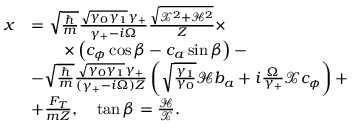
\begin{array} { r l } { x } & { = \sqrt { \frac { \hbar } { m } } \frac { \sqrt { \gamma _ { 0 } \gamma _ { 1 } } \gamma _ { + } } { \gamma _ { + } - i \Omega } \frac { \sqrt { \mathcal { X } ^ { 2 } + \mathcal { H } ^ { 2 } } } { Z } \times } \\ & { \qquad \times \left( c _ { \phi } \cos \beta - c _ { a } \sin \beta \right) - } \\ & { - \sqrt { \frac { \hbar } { m } } \frac { \sqrt { \gamma _ { 0 } \gamma _ { 1 } } \gamma _ { + } } { ( \gamma _ { + } - i \Omega ) Z } \left( \sqrt { \frac { \gamma _ { 1 } } { \gamma _ { 0 } } } \mathcal { H } b _ { a } + i \frac { \Omega } { \gamma _ { + } } \mathcal { X } c _ { \phi } \right) + } \\ & { + \frac { F _ { T } } { m Z } , \quad \tan \beta = \frac { \mathcal { H } } { \mathcal { X } } . } \end{array}